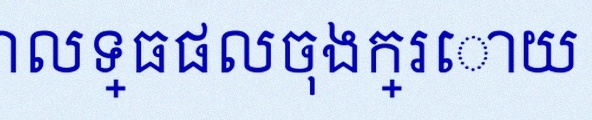
គណនាលទ្ធផលចុងក្រោយ